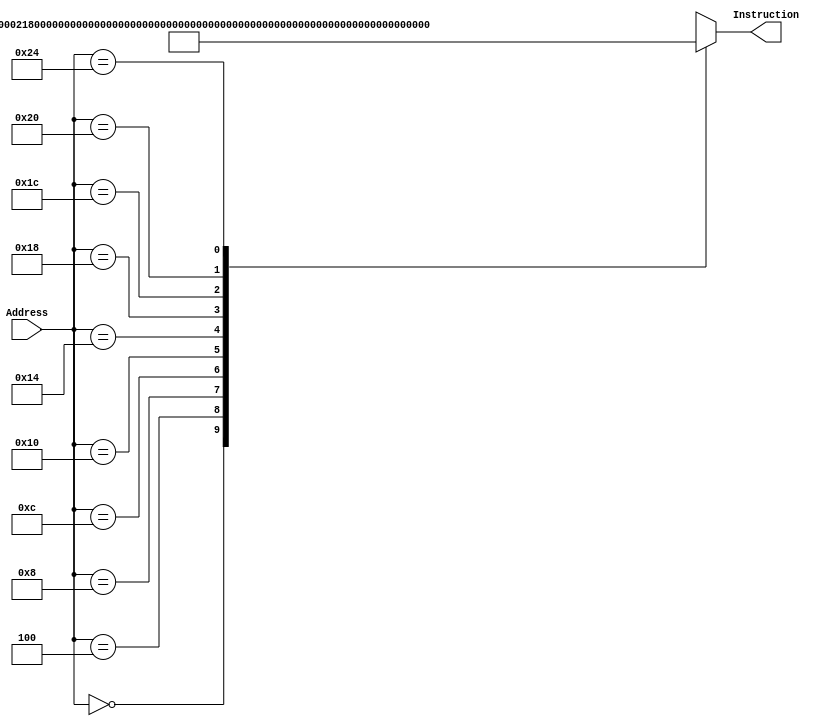
module InstrucMemory(
    input [31:0] Address,
    output reg [31:0] Instruction
    );
    
    always @ (Address) begin
        case (Address) 
            
            /*                 
            add    $2, $0, 1           # $2 = 1
            sub    $3, $0, $2          # $3 = -1
            slt    $5, $3, $0          # $5 = 1
            add    $6, $2, $5          # $6 = 2
            or     $7, $5, $6          # $7 = 3
            sub    $8, $5, $7          # $8 = -2
            and    $9, $8, $7          # $9 = 2
            sw     $9, 0($a0)          # Store $9 in DMem[0]
            lw     $9, 0($0)           # Load Final Value
            nop                        # Complete
             */
             32'h00: Instruction = 32'h20020001;
             32'h04: Instruction = 32'h00021822;
             32'h08: Instruction = 32'h0060282a;
             32'h0C: Instruction = 32'h00453020;
             32'h10: Instruction = 32'h00a63825;
             32'h14: Instruction = 32'h00a74022;
             32'h18: Instruction = 32'h01074824;
             32'h1C: Instruction = 32'hac890000;
             32'h20: Instruction = 32'h8c090020;
             32'h24: Instruction = 32'h00000000;
            
            default: Instruction = 32'hXXXXXXXX;
        endcase
    end
    
endmodule